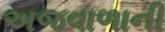
અજવાળાની